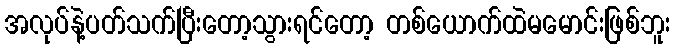
အလုပ်နဲ့ပတ်သက်ပြီးတော့သွားရင်တော့ တစ်ယောက်ထဲမမောင်းဖြစ်ဘူး